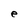
Character: e